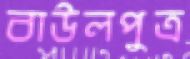
বাউলপুত্র